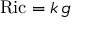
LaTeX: \mathrm { R i c } = k \, g